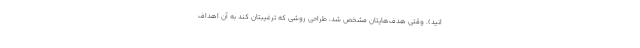
انید). وقتی هدف‌هایتان مشخص شد، طراحی روشی که ترغیبتان کند به آن اهداف